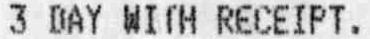
3 DAY WITH RECEIPT.